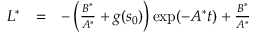
\begin{array} { r c l } { L ^ { * } } & { = } & { - \left( \frac { B ^ { * } } { A ^ { * } } + g ( s _ { 0 } ) \right) \exp ( - A ^ { * } t ) + \frac { B ^ { * } } { A ^ { * } } } \end{array}